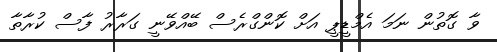
ވާ ގޮތުން ނަމަ އެމްޑީޕީ އަށް ކޮންގްރެސް ބޭއްވޭނީ ގަރާރު ފާސް ކުރާތާ